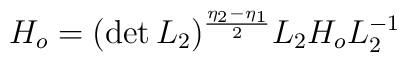
H_{o}=(\det L_{2})^{\frac{\eta_{2}-\eta_{1}}{2}}L_{2}H_{o}L^{-1}_{2}